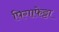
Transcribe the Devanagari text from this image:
पिगाफेट्टा